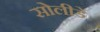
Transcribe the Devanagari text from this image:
सोलीडे